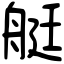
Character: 艇